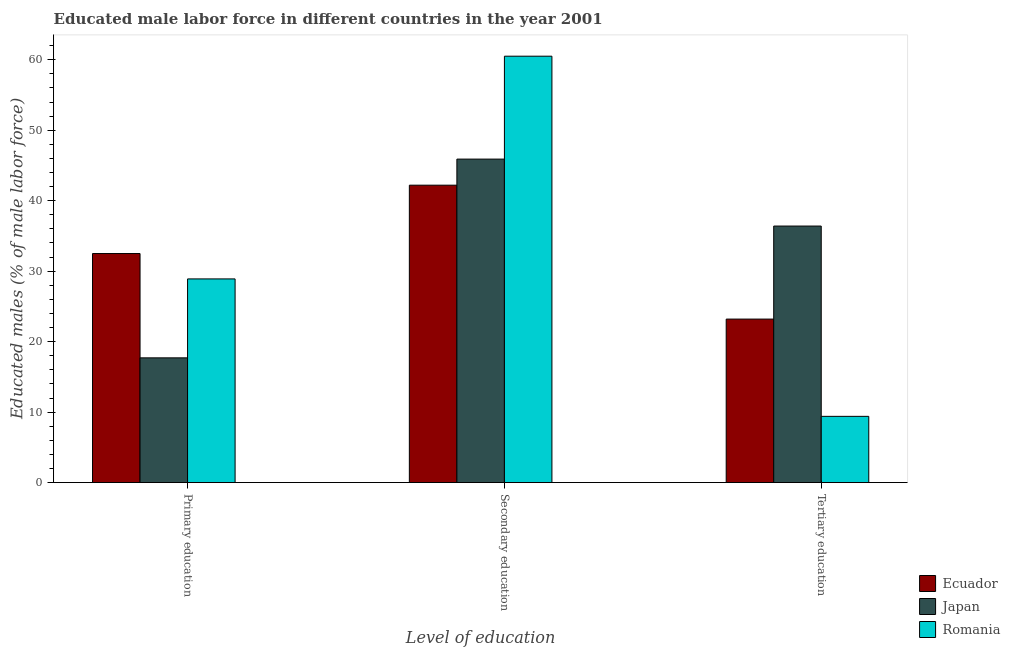
| Level of education | Ecuador | Japan | Romania |
 | --- | --- | --- | --- |
 | Primary education | 32.5 | 17.7 | 28.9 |
 | Secondary education | 42.2 | 45.9 | 60.5 |
 | Tertiary education | 23.2 | 36.4 | 9.4 |